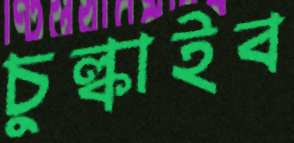
চুল্‌কাইব